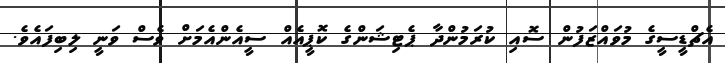
އެޗްޑީސީގެ މުވައްޒަފުން ސޮއި ކުރަމުންދާ ޕެޓިޝަންގެ ކޮޕީއެއް ސީއެންއެމަށް ވެސް ވަނީ ލިބިފައެވެ.